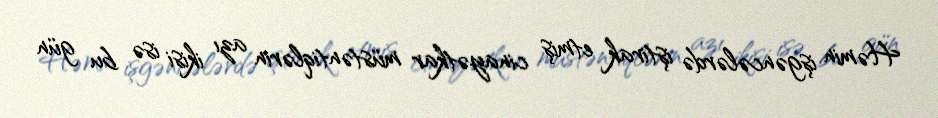
Həmin işgəncələrdə iştirak etmiş cinayətkar müstəntiqlərin azı ikisi isə bu gün